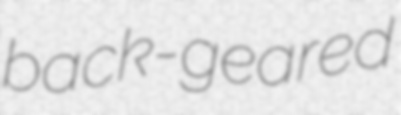
back-geared